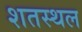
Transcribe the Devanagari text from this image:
शतस्थल